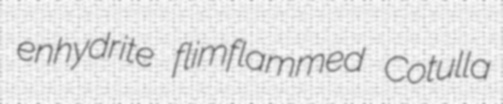
enhydrite flimflammed Cotulla